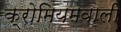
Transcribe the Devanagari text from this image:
क्रोमियमवाली